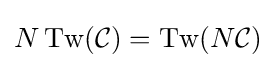
N\operatorname {Tw} ({\mathcal {C}})=\operatorname {Tw} (N{\mathcal {C}})